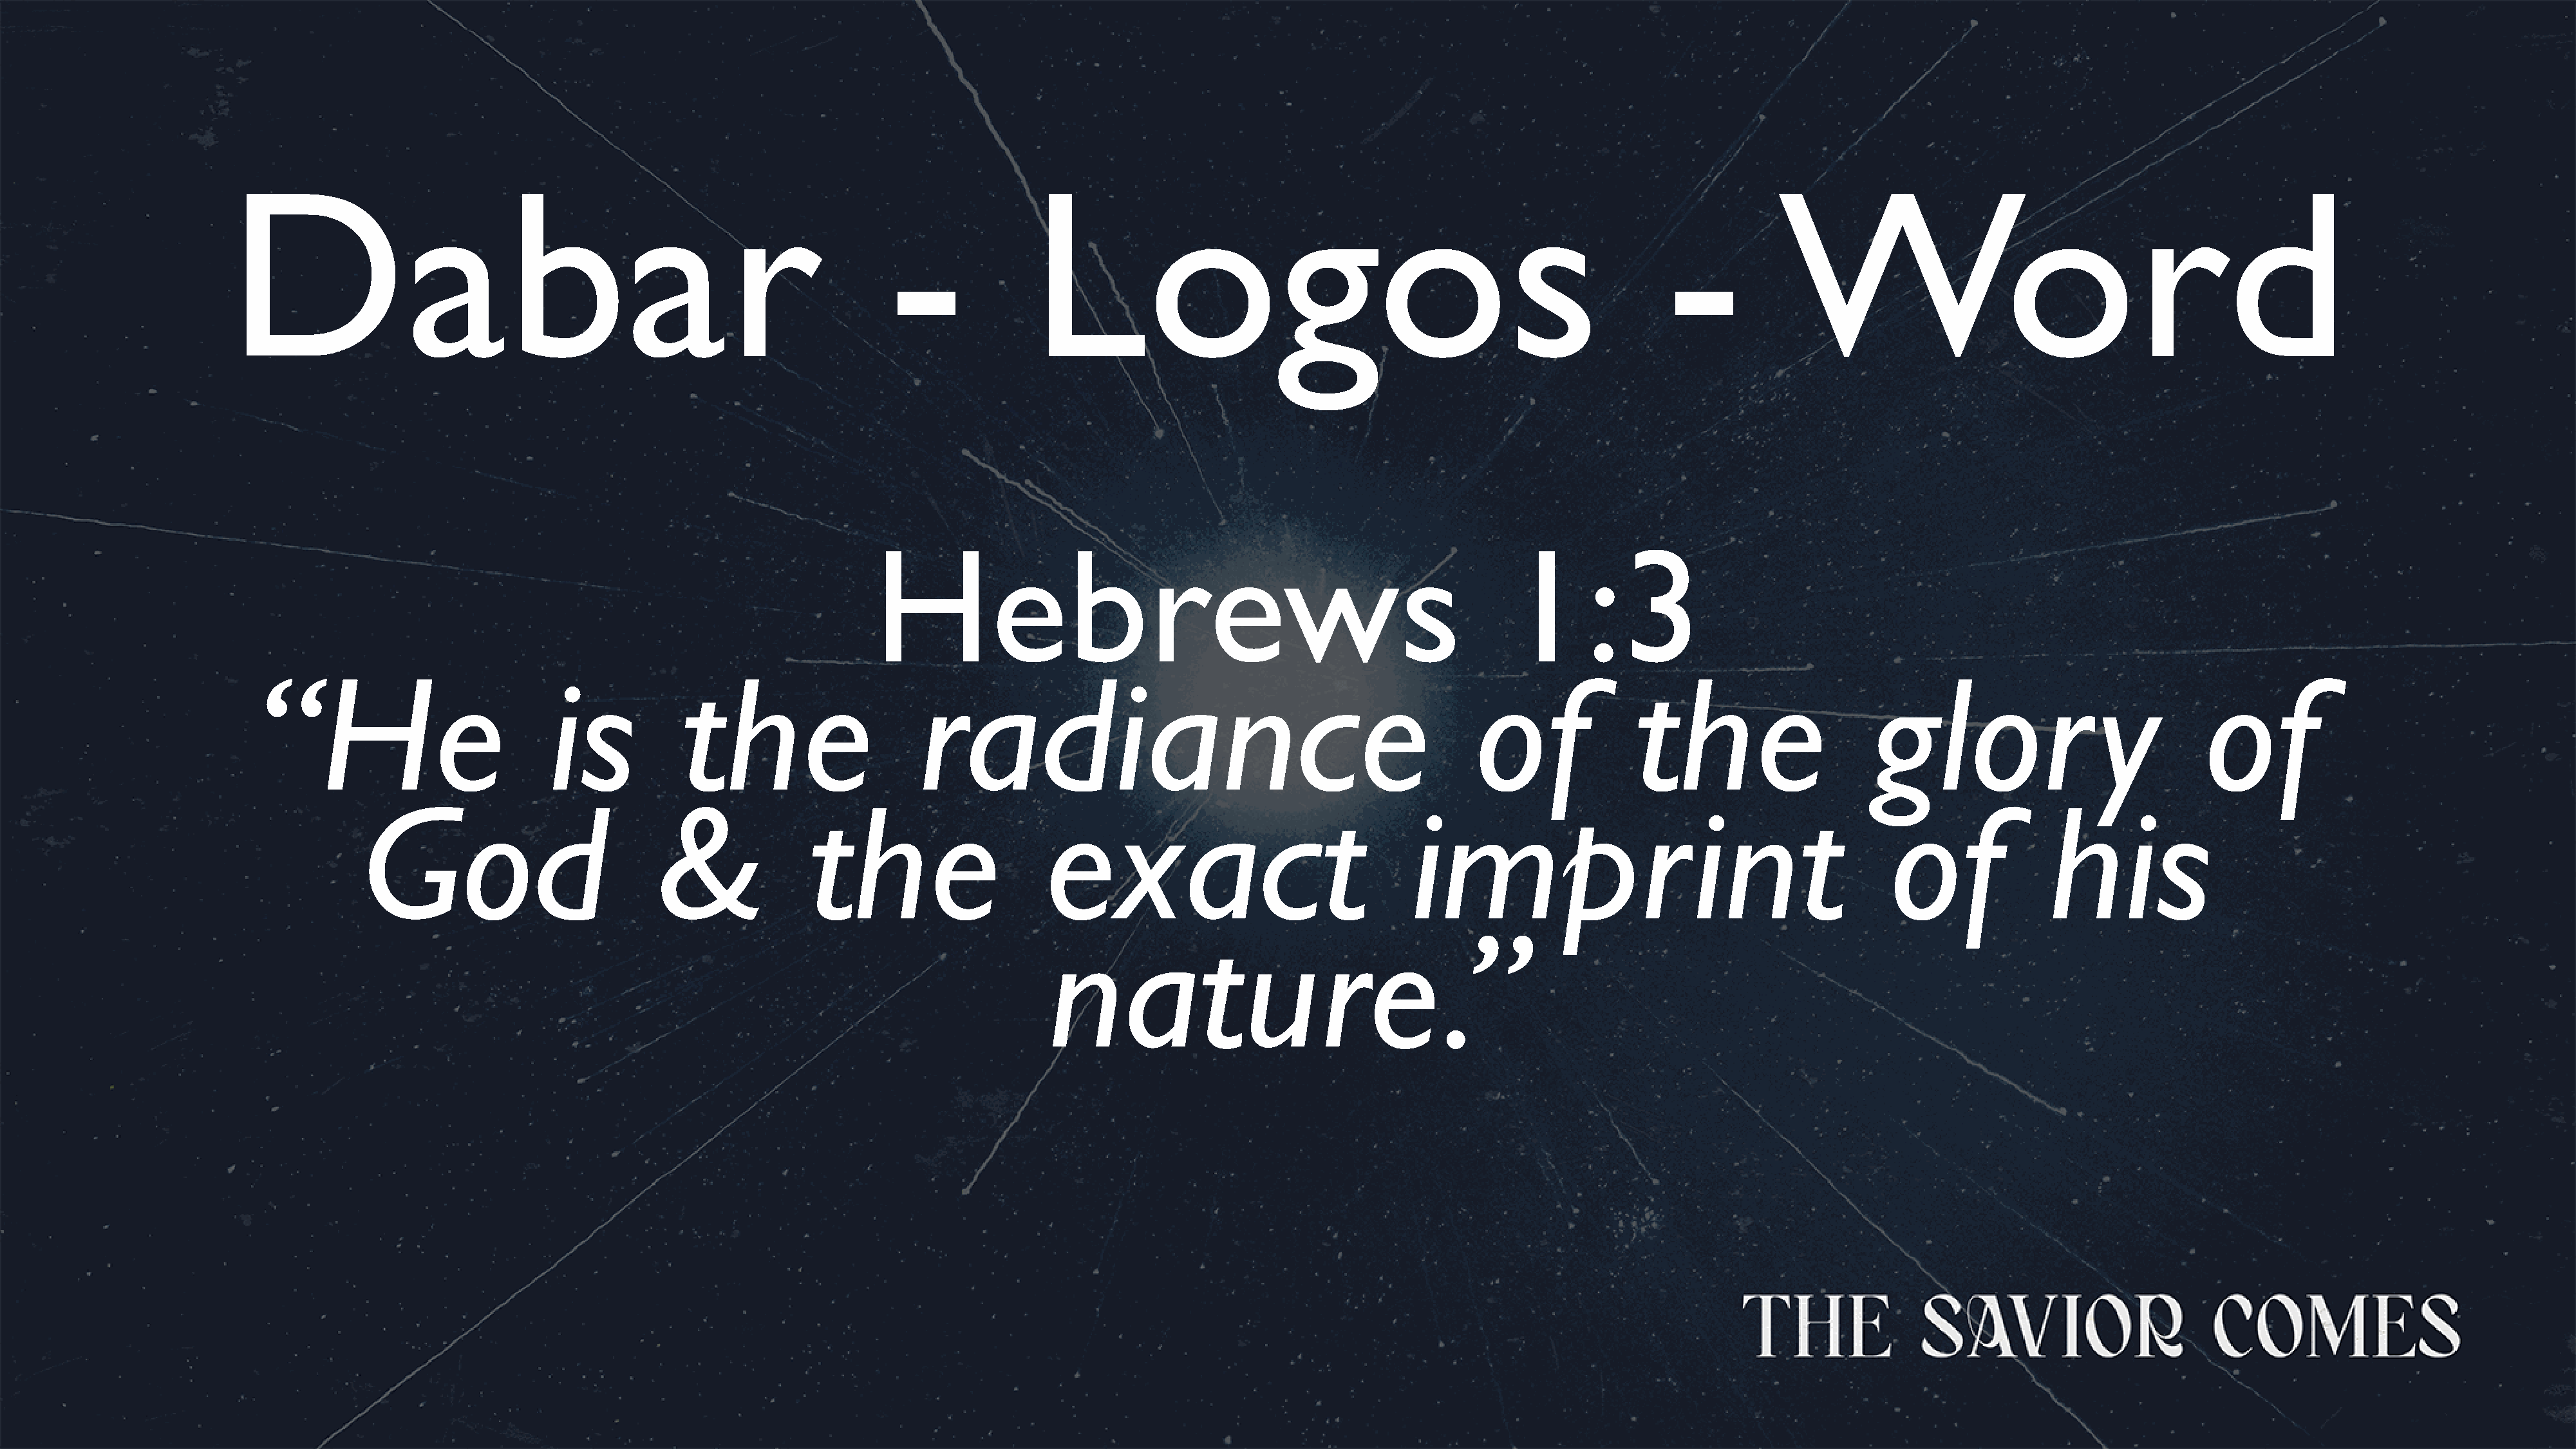
Dabar                                                               -              Logos                                                            -           Word
 Hebrews                                                          1:3
 “He                           is            the                     radiance                                                  of              the                     glor                    y          of
 God                           &               the                     exact                                 imprint                                          of               his
 nature                                  .”